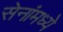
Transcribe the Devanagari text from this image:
सेनांमध्ये